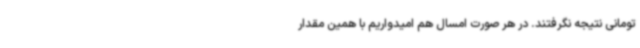
تومانی نتیجه نگرفتند. در هر صورت امسال هم امیدواریم با همین مقدار